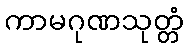
ကာမဂုဏသုတ္တံ